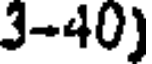
3-40)